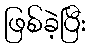
ဖြစ်ခဲ့ပြီး